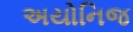
અયોનિજ